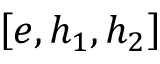
\left[ e , h _ { 1 } , h _ { 2 } \right]